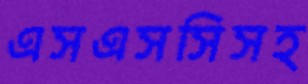
এসএসসিসহ